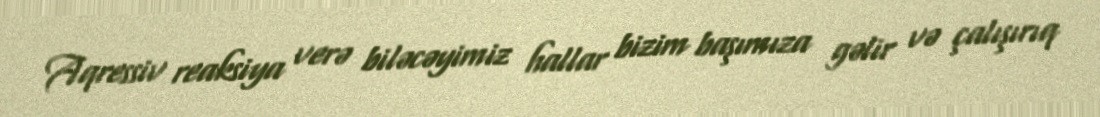
Aqressiv reaksiya verə biləcəyimiz hallar bizim başımıza gəlir və çalışırıq